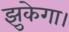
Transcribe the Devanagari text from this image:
झुकेगा।